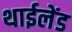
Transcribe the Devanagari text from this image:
थाईलेंड